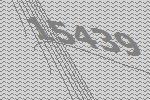
15439